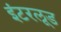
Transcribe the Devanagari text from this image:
इंटरलूड